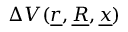
\Delta V ( \underline { { r } } , \underline { { R } } , \underline { { x } } )